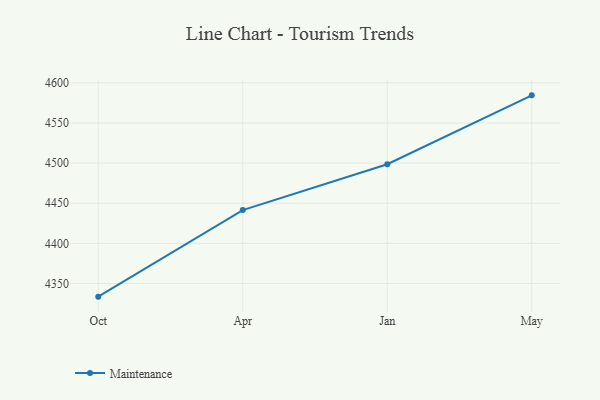
{"axis": {"x": "Month", "y": "Tickets Resolved"}, "legend": ["Maintenance"], "data": [{"x": "Oct", "y": 4333.6, "type": "Maintenance"}, {"x": "Apr", "y": 4441.5, "type": "Maintenance"}, {"x": "Jan", "y": 4498.6, "type": "Maintenance"}, {"x": "May", "y": 4584.4, "type": "Maintenance"}]}